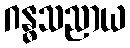
ဂန္ဓသညာယ